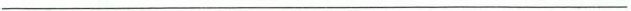
___